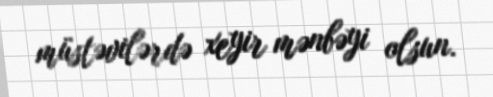
müstəvilərdə xeyir mənbəyi olsun.